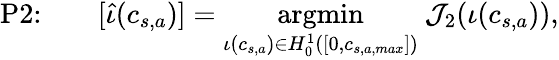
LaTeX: \textrm{P2:}\qquad[\widehat{\iota}(c_{s,a})]=\underset{\iota(c_{s,a})\in{H}_{0}^{1}([0,c_{s,a,max}])}{\textrm{argmin}}~\mathcal{J}_{2}(\iota(c_{s,a})),